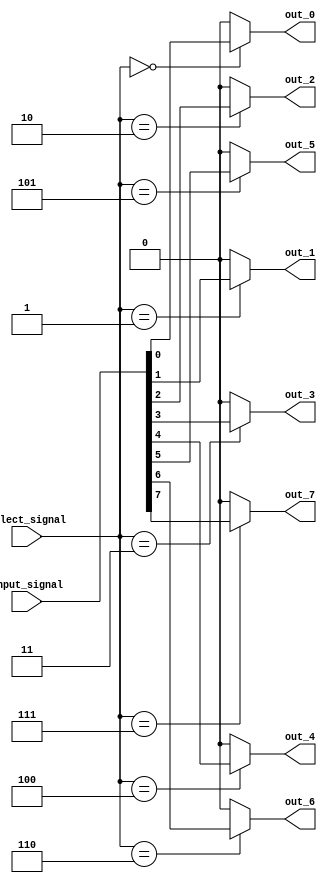
module demux_1to8(
    input [7:0] input_signal,
    input [2:0] select_signal,
    output reg out_0,
    output reg out_1,
    output reg out_2,
    output reg out_3,
    output reg out_4,
    output reg out_5,
    output reg out_6,
    output reg out_7
);

always @(*) begin
    out_0 = (select_signal == 3'b000) ? input_signal[0] : 1'b0;
    out_1 = (select_signal == 3'b001) ? input_signal[1] : 1'b0;
    out_2 = (select_signal == 3'b010) ? input_signal[2] : 1'b0;
    out_3 = (select_signal == 3'b011) ? input_signal[3] : 1'b0;
    out_4 = (select_signal == 3'b100) ? input_signal[4] : 1'b0;
    out_5 = (select_signal == 3'b101) ? input_signal[5] : 1'b0;
    out_6 = (select_signal == 3'b110) ? input_signal[6] : 1'b0;
    out_7 = (select_signal == 3'b111) ? input_signal[7] : 1'b0;
end

endmodule